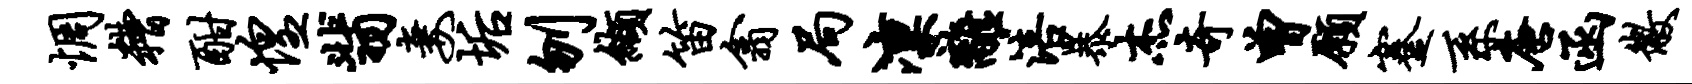
惆糟酣惶翡妻垢刎缬笛翕局凛离涪暴杰奇曾愿蹇系唐函徽